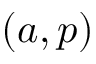
( a , p )